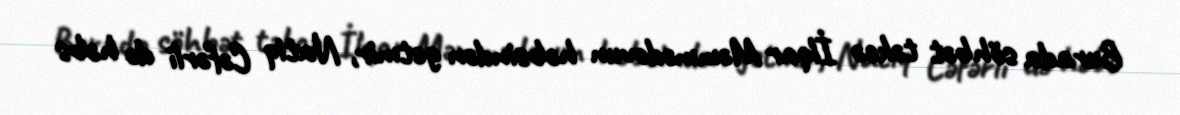
Burada söhbət təkcə İlqar Məmmədovun həbsindən getmir, Natiq Cəfərli də həbs